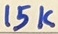
Text: 15K